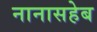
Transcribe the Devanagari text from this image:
नानासहेब